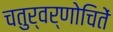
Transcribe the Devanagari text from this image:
चतुर्वर्णोचितें